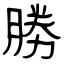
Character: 勝